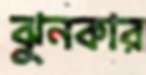
ঝুনকার